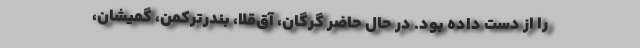
را از دست داده بود. در حال حاضر گرگان، آق‌قلا، بندرترکمن، گمیشان،